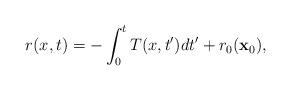
LaTeX: \begin{align*}r(x,t)=-\int_0^t T(x,t') dt'+r_0({\bf x}_0), \end{align*}